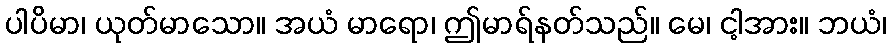
ပါပိမာ၊ ယုတ်မာသော။ အယံ မာရော၊ ဤမာရ်နတ်သည်။ မေ၊ ငါ့အား။ ဘယံ၊